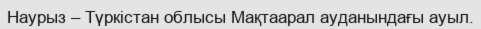
Наурыз – Түркістан облысы Мақтаарал ауданындағы ауыл.